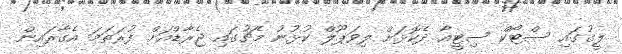
ލީގުގައި ސްޓޯކް ސިޓީއާ ދެކޮޅަށް ލިވަޕޫލް ކުޅުނު މެޗުގައި ޖެރާޑްއަށް ފުރަތަމަ އެގާރައިން